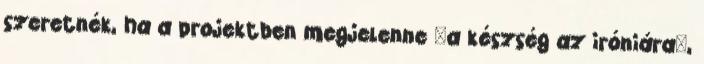
szeretnék, ha a projektben megjelenne "a készség az iróniára",